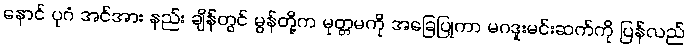
နောင် ပုဂံ အင်အား နည်း ချိန်တွင် မွန်တို့က မုတ္တမကို အခြေပြုကာ မဂဒူးမင်းဆက်ကို ပြန်လည်